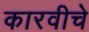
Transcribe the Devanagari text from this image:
कारवीचे